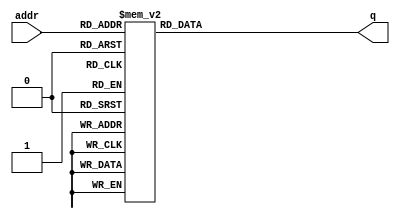
module lut_u_module #(
  parameter DATA_WIDTH=16,
  parameter ADDR_WIDTH=8
  )(
    input [(ADDR_WIDTH-1):0] addr,
    output reg [(DATA_WIDTH-1):0] q
  );
  always @ ( * ) begin
    case(addr)
      8'd0 : q = 16'd4;
      8'd16 : q = 16'd8;
      8'd17 : q = 16'd4;
      8'd32 : q = 16'd12;
      8'd33 : q = 16'd8;
      8'd34 : q = 16'd4;
      8'd48 : q = 16'd16;
      8'd49 : q = 16'd12;
      8'd50 : q = 16'd8;
      8'd51 : q = 16'd4;
      8'd64 : q = 16'd20;
      8'd65 : q = 16'd16;
      8'd66 : q = 16'd12;
      8'd67 : q = 16'd8;
      8'd68 : q = 16'd4;
      8'd80 : q = 16'd24;
      8'd81 : q = 16'd20;
      8'd82 : q = 16'd16;
      8'd83 : q = 16'd12;
      8'd84 : q = 16'd8;
      8'd85 : q = 16'd4;
      8'd96 : q = 16'd28;
      8'd97 : q = 16'd24;
      8'd98 : q = 16'd20;
      8'd99 : q = 16'd16;
      8'd100 : q = 16'd12;
      8'd101 : q = 16'd8;
      8'd102 : q = 16'd4;
      8'd112 : q = 16'd32;
      8'd113 : q = 16'd28;
      8'd114 : q = 16'd24;
      8'd115 : q = 16'd20;
      8'd116 : q = 16'd16;
      8'd117 : q = 16'd12;
      8'd118 : q = 16'd8;
      8'd119 : q = 16'd4;
      8'd128 : q = 16'd36;
      8'd129 : q = 16'd32;
      8'd130 : q = 16'd28;
      8'd131 : q = 16'd24;
      8'd132 : q = 16'd20;
      8'd133 : q = 16'd16;
      8'd134 : q = 16'd12;
      8'd135 : q = 16'd8;
      8'd136 : q = 16'd4;
      8'd144 : q = 16'd40;
      8'd145 : q = 16'd36;
      8'd146 : q = 16'd32;
      8'd147 : q = 16'd28;
      8'd148 : q = 16'd24;
      8'd149 : q = 16'd20;
      8'd150 : q = 16'd16;
      8'd151 : q = 16'd12;
      8'd152 : q = 16'd8;
      8'd153 : q = 16'd4;
      8'd160 : q = 16'd44;
      8'd161 : q = 16'd40;
      8'd162 : q = 16'd36;
      8'd163 : q = 16'd32;
      8'd164 : q = 16'd28;
      8'd165 : q = 16'd24;
      8'd166 : q = 16'd20;
      8'd167 : q = 16'd16;
      8'd168 : q = 16'd12;
      8'd169 : q = 16'd8;
      8'd170 : q = 16'd4;
      8'd176 : q = 16'd48;
      8'd177 : q = 16'd44;
      8'd178 : q = 16'd40;
      8'd179 : q = 16'd36;
      8'd180 : q = 16'd32;
      8'd181 : q = 16'd28;
      8'd182 : q = 16'd24;
      8'd183 : q = 16'd20;
      8'd184 : q = 16'd16;
      8'd185 : q = 16'd12;
      8'd186 : q = 16'd8;
      8'd187 : q = 16'd4;
      8'd192 : q = 16'd52;
      8'd193 : q = 16'd48;
      8'd194 : q = 16'd44;
      8'd195 : q = 16'd40;
      8'd196 : q = 16'd36;
      8'd197 : q = 16'd32;
      8'd198 : q = 16'd28;
      8'd199 : q = 16'd24;
      8'd200 : q = 16'd20;
      8'd201 : q = 16'd16;
      8'd202 : q = 16'd12;
      8'd203 : q = 16'd8;
      8'd204 : q = 16'd4;
      8'd208 : q = 16'd56;
      8'd209 : q = 16'd52;
      8'd210 : q = 16'd48;
      8'd211 : q = 16'd44;
      8'd212 : q = 16'd40;
      8'd213 : q = 16'd36;
      8'd214 : q = 16'd32;
      8'd215 : q = 16'd28;
      8'd216 : q = 16'd24;
      8'd217 : q = 16'd20;
      8'd218 : q = 16'd16;
      8'd219 : q = 16'd12;
      8'd220 : q = 16'd8;
      8'd221 : q = 16'd4;
      8'd224 : q = 16'd60;
      8'd225 : q = 16'd56;
      8'd226 : q = 16'd52;
      8'd227 : q = 16'd48;
      8'd228 : q = 16'd44;
      8'd229 : q = 16'd40;
      8'd230 : q = 16'd36;
      8'd231 : q = 16'd32;
      8'd232 : q = 16'd28;
      8'd233 : q = 16'd24;
      8'd234 : q = 16'd20;
      8'd235 : q = 16'd16;
      8'd236 : q = 16'd12;
      8'd237 : q = 16'd8;
      8'd238 : q = 16'd4;
      8'd240 : q = 16'd64;
      8'd241 : q = 16'd60;
      8'd242 : q = 16'd56;
      8'd243 : q = 16'd52;
      8'd244 : q = 16'd48;
      8'd245 : q = 16'd44;
      8'd246 : q = 16'd40;
      8'd247 : q = 16'd36;
      8'd248 : q = 16'd32;
      8'd249 : q = 16'd28;
      8'd250 : q = 16'd24;
      8'd251 : q = 16'd20;
      8'd252 : q = 16'd16;
      8'd253 : q = 16'd12;
      8'd254 : q = 16'd8;
      8'd255 : q = 16'd4;
      default: q = 16'd0;
    endcase
  end
endmodule


module lut_v_module #(
  parameter DATA_WIDTH=16,
  parameter ADDR_WIDTH=8
  )(
    input [(ADDR_WIDTH-1):0] addr,
    output reg [(DATA_WIDTH-1):0] q
  );
  always @ ( * ) begin
    case(addr)
      8'd16 : q = 16'd4;
      8'd32 : q = 16'd8;
      8'd33 : q = 16'd4;
      8'd48 : q = 16'd12;
      8'd49 : q = 16'd8;
      8'd50 : q = 16'd4;
      8'd64 : q = 16'd16;
      8'd65 : q = 16'd12;
      8'd66 : q = 16'd8;
      8'd67 : q = 16'd4;
      8'd80 : q = 16'd20;
      8'd81 : q = 16'd16;
      8'd82 : q = 16'd12;
      8'd83 : q = 16'd8;
      8'd84 : q = 16'd4;
      8'd96 : q = 16'd24;
      8'd97 : q = 16'd20;
      8'd98 : q = 16'd16;
      8'd99 : q = 16'd12;
      8'd100 : q = 16'd8;
      8'd101 : q = 16'd4;
      8'd112 : q = 16'd28;
      8'd113 : q = 16'd24;
      8'd114 : q = 16'd20;
      8'd115 : q = 16'd16;
      8'd116 : q = 16'd12;
      8'd117 : q = 16'd8;
      8'd118 : q = 16'd4;
      8'd128 : q = 16'd32;
      8'd129 : q = 16'd28;
      8'd130 : q = 16'd24;
      8'd131 : q = 16'd20;
      8'd132 : q = 16'd16;
      8'd133 : q = 16'd12;
      8'd134 : q = 16'd8;
      8'd135 : q = 16'd4;
      8'd144 : q = 16'd36;
      8'd145 : q = 16'd32;
      8'd146 : q = 16'd28;
      8'd147 : q = 16'd24;
      8'd148 : q = 16'd20;
      8'd149 : q = 16'd16;
      8'd150 : q = 16'd12;
      8'd151 : q = 16'd8;
      8'd152 : q = 16'd4;
      8'd160 : q = 16'd40;
      8'd161 : q = 16'd36;
      8'd162 : q = 16'd32;
      8'd163 : q = 16'd28;
      8'd164 : q = 16'd24;
      8'd165 : q = 16'd20;
      8'd166 : q = 16'd16;
      8'd167 : q = 16'd12;
      8'd168 : q = 16'd8;
      8'd169 : q = 16'd4;
      8'd176 : q = 16'd44;
      8'd177 : q = 16'd40;
      8'd178 : q = 16'd36;
      8'd179 : q = 16'd32;
      8'd180 : q = 16'd28;
      8'd181 : q = 16'd24;
      8'd182 : q = 16'd20;
      8'd183 : q = 16'd16;
      8'd184 : q = 16'd12;
      8'd185 : q = 16'd8;
      8'd186 : q = 16'd4;
      8'd192 : q = 16'd48;
      8'd193 : q = 16'd44;
      8'd194 : q = 16'd40;
      8'd195 : q = 16'd36;
      8'd196 : q = 16'd32;
      8'd197 : q = 16'd28;
      8'd198 : q = 16'd24;
      8'd199 : q = 16'd20;
      8'd200 : q = 16'd16;
      8'd201 : q = 16'd12;
      8'd202 : q = 16'd8;
      8'd203 : q = 16'd4;
      8'd208 : q = 16'd52;
      8'd209 : q = 16'd48;
      8'd210 : q = 16'd44;
      8'd211 : q = 16'd40;
      8'd212 : q = 16'd36;
      8'd213 : q = 16'd32;
      8'd214 : q = 16'd28;
      8'd215 : q = 16'd24;
      8'd216 : q = 16'd20;
      8'd217 : q = 16'd16;
      8'd218 : q = 16'd12;
      8'd219 : q = 16'd8;
      8'd220 : q = 16'd4;
      8'd224 : q = 16'd56;
      8'd225 : q = 16'd52;
      8'd226 : q = 16'd48;
      8'd227 : q = 16'd44;
      8'd228 : q = 16'd40;
      8'd229 : q = 16'd36;
      8'd230 : q = 16'd32;
      8'd231 : q = 16'd28;
      8'd232 : q = 16'd24;
      8'd233 : q = 16'd20;
      8'd234 : q = 16'd16;
      8'd235 : q = 16'd12;
      8'd236 : q = 16'd8;
      8'd237 : q = 16'd4;
      8'd240 : q = 16'd60;
      8'd241 : q = 16'd56;
      8'd242 : q = 16'd52;
      8'd243 : q = 16'd48;
      8'd244 : q = 16'd44;
      8'd245 : q = 16'd40;
      8'd246 : q = 16'd36;
      8'd247 : q = 16'd32;
      8'd248 : q = 16'd28;
      8'd249 : q = 16'd24;
      8'd250 : q = 16'd20;
      8'd251 : q = 16'd16;
      8'd252 : q = 16'd12;
      8'd253 : q = 16'd8;
      8'd254 : q = 16'd4;
      default : q = 16'd0;
    endcase
  end
endmodule